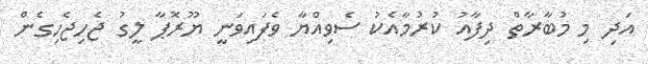
އަދި މި މުބާރާތް ދިފާއު ކުރުމާއެކު ސެވިއްޔާ ވެފައިވަނީ ޔޫރޮޕާ ލީގު ޖެހިޖެހިގެން